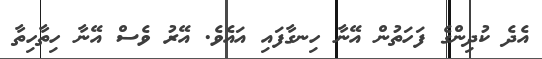
އެދެ ކުދިންގެ ފަހަތުން އޭނާ ހިނގާފައި އައެވެ. އޭރު ވެސް އޭނާ ހިތާހިތާ